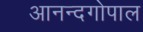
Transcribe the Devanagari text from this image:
आनन्दगोपाल